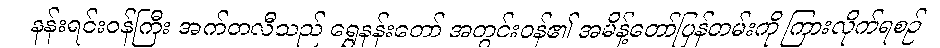
နန်းရင်းဝန်ကြီး အက်တလီသည် ရွှေနန်းတော် အတွင်းဝန်၏ အမိန့်တော်ပြန်တမ်းကို ကြားလိုက်ရစဉ်